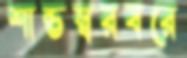
শান্তস্বরবরে